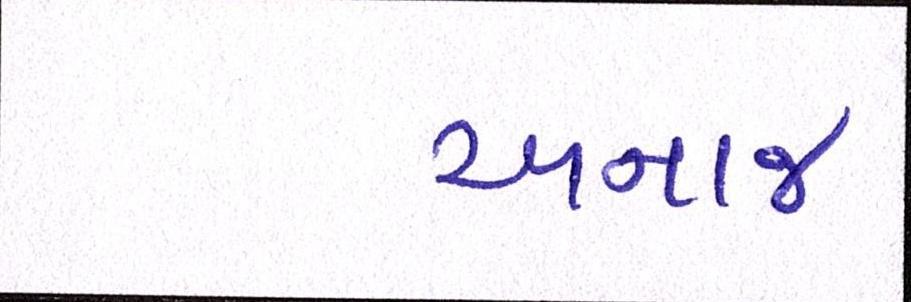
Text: અનાજ